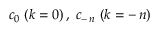
\: c _ { 0 } \; ( k = 0 ) \, , \; c _ { - \, n } \; ( k = - \, n ) \: